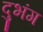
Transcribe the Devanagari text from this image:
दुभंग